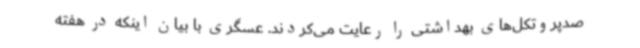
صدپروتکل‌های بهداشتی را رعایت می‌کردند. عسگری با بیان اینکه در هفته